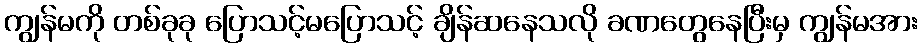
ကျွန်မကို တစ်ခုခု ပြောသင့်မပြောသင့် ချိန်ဆနေသလို ခဏတွေနေပြီးမှ ကျွန်မအား